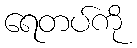
ရေတပ်ကို